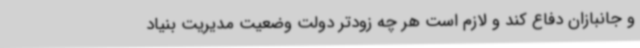
و جانبازان دفاع کند و لازم است هر چه زودتر دولت وضعیت مدیریت بنیاد